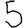
Digit: 5